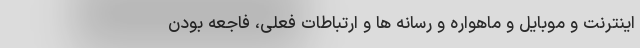
اینترنت و موبایل و ماهواره و رسانه ها و ارتباطات فعلی، فاجعه بودن